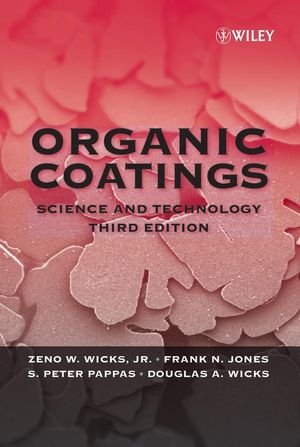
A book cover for Organic Coatings: Science and Technology; Zeno W. Wicks Jr.; Engineering & Transportation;